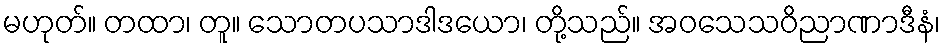
မဟုတ်။ တထာ၊ တူ။ သောတပသာဒါဒယော၊ တို့သည်။ အဝသေသဝိညာဏာဒီနံ၊